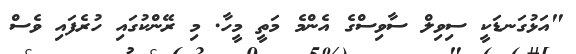
"އަޅުގަނޑަކީ ސިވިލް ސާވިސްގެ އެންމެ މަތީ މީހާ. މި ރޭންކުގައި ހުރެފައި ވެސް